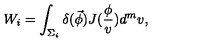
W _ { i } = \int _ { \Sigma _ { i } } \delta ( \vec { \phi } ) J ( \frac \phi v ) d ^ { m } v ,